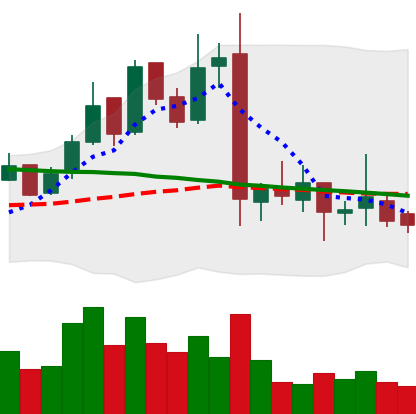
Ticker: LTC-USD
Chart end date: 2016-11-11
Forward return: 5.332%
Label: up_5_7